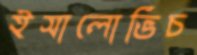
ইসালোভিচ